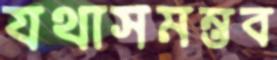
যথাসমম্ভব